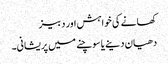
کھانے کی خواہش اور دبیز
دھیان دینے یا سوچنے میں پریشانی۔